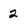
Character: 2